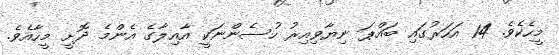
މީހެކެވެ. 14 އަހަރުގައި ބައްޕަ ނިޔާވިއިރު ހުސެންނަކީ އާއިލާގެ އެންމެ ދޮށީ މީހާއެވެ.